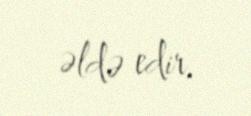
əldə edir.